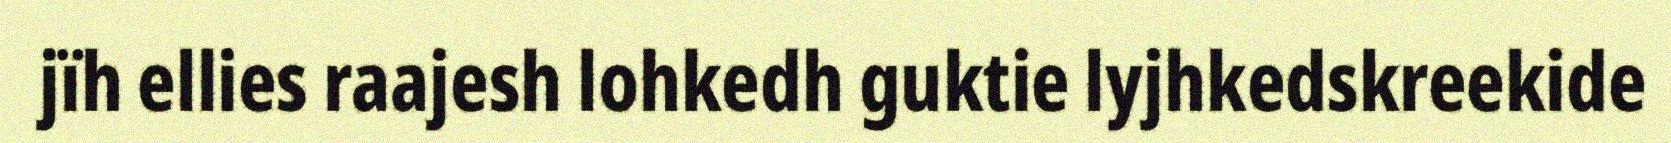
jïh ellies raajesh lohkedh guktie lyjhkedskreekide